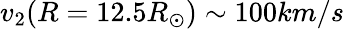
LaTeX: v_{2}(R=12.5R_{\odot})\sim 100km/s